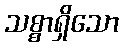
သစ္စာရှိသော